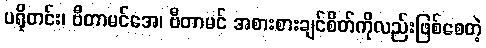
ပရိုတင်း၊ ဗီတာမင်အေ၊ ဗီတာမင် အစားစားချင်စိတ်ကိုလည်းဖြစ်စေတဲ့